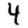
Digit: 4